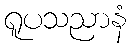
ရူပသညာနံ